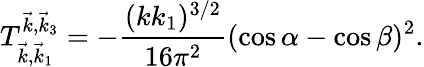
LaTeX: T_{\vec{k},\vec{k}_{1}}^{\vec{k},\vec{k}_{3}}=-\frac{(kk_{1})^{3/2}}{16\pi^{2}}(\cos\alpha-\cos\beta)^{2}.